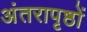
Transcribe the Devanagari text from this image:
अंतरापृष्ठों